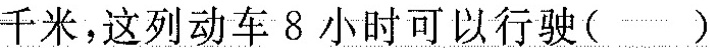
千米，这列动车8小时可以行驶()